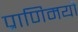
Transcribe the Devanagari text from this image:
प्राणिमयों